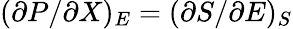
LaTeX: (\partial P/\partial X)_{E}=(\partial S/\partial E)_{S}